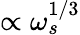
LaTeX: \propto\omega_{s}^{1/3}